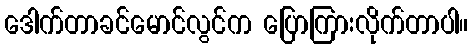
ဒေါက်တာခင်မောင်လွင်က ပြောကြားလိုက်တာပါ။